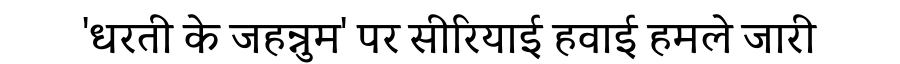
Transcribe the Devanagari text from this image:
'धरती के जहन्नुम' पर सीरियाई हवाई हमले जारी